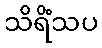
သိရိံသပ